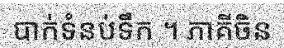
បាក់ទំនប់ទឹក ។ ភាគីចិន